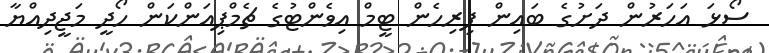
ސޯޅަ އަހަރުން ދަށުގެ ބައިން ފިރިހެން ޓީމް އިވެންޓުގެ ޗެމްޕިއަންކަން ހޯދީ މަޖީދިއްޔާ